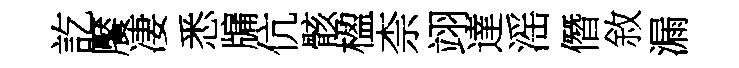
訖饜凄悉牖伉骸楹柰翊達滛僭敘漏